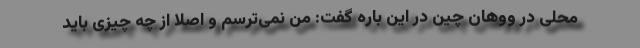
محلی در ووهان چین در این باره گفت: من نمی‌ترسم و اصلا از چه چیزی باید